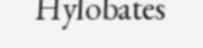
Hylobates